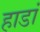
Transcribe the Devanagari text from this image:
हाडां